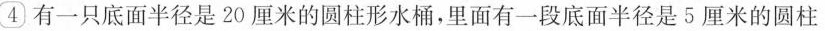
④有一只底面半径是20厘米的圆柱形水桶，里面有一段底面半径是5厘米的圆柱